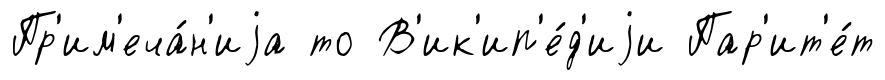
Пр'им'еча́н'иjа то В'ик'ип'е́д'иjи Пар'ит'е́т